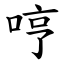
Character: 哼